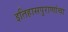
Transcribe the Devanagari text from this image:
इतिहासपुराणांचा